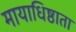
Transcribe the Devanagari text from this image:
मायाधिष्ठाता